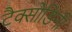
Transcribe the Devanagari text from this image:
टैक्सोडिनी